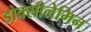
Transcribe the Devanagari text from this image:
डोक्सीलेमिन